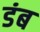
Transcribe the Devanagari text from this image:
डंब